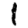
Digit: 1